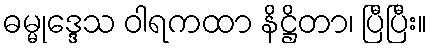
ဓမ္မုဒ္ဒေသ ဝါရကထာ နိဋ္ဌိတာ၊ ပြီပြီး။